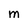
Character: M